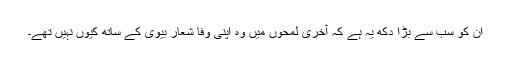
ان کو سب سے بڑا دکھ یہ ہے کہ آخری لمحوں میں وہ اپنی وفا شعار بیوی کے ساتھ کیوں نہیں تھے۔